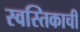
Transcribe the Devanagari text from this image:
स्वस्तिकाची